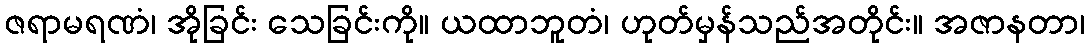
ဇရာမရဏံ၊ အိုခြင်း သေခြင်းကို။ ယထာဘူတံ၊ ဟုတ်မှန်သည်အတိုင်း။ အဇာနတာ၊